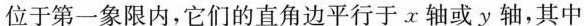
位于第一象限内，它们的直角边平行于x轴或y轴，其中